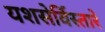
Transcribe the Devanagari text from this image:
यशसेर्विस्तारे